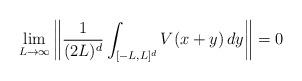
LaTeX: \begin{align*}\lim_{L \to \infty} \left\| \frac{1}{(2L)^d} \int_{[-L,L]^d} V(x+y) \, dy \right\| = 0\end{align*}